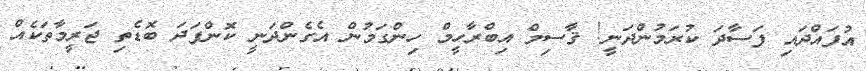
އުފައްދައި ފަސާދަ ކުރަމުންދަނީ! ޤާސިމް އިބްރާހީމް ހިންގަމުން އެގެންދަނީ ކޮންފަދަ ބޮޑެތި ޖަރީމާތަކެއް